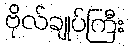
ဗိုလ်ချုပ်ကြီး